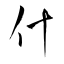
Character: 什